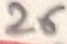
Text: 26